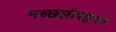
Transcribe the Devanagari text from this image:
मच्‍छलीपट्टणम